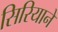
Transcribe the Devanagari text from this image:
सिरियाने